65_HS1-834228961_62-HQ-83894_Serial_220
Agency: FBI
Page 2
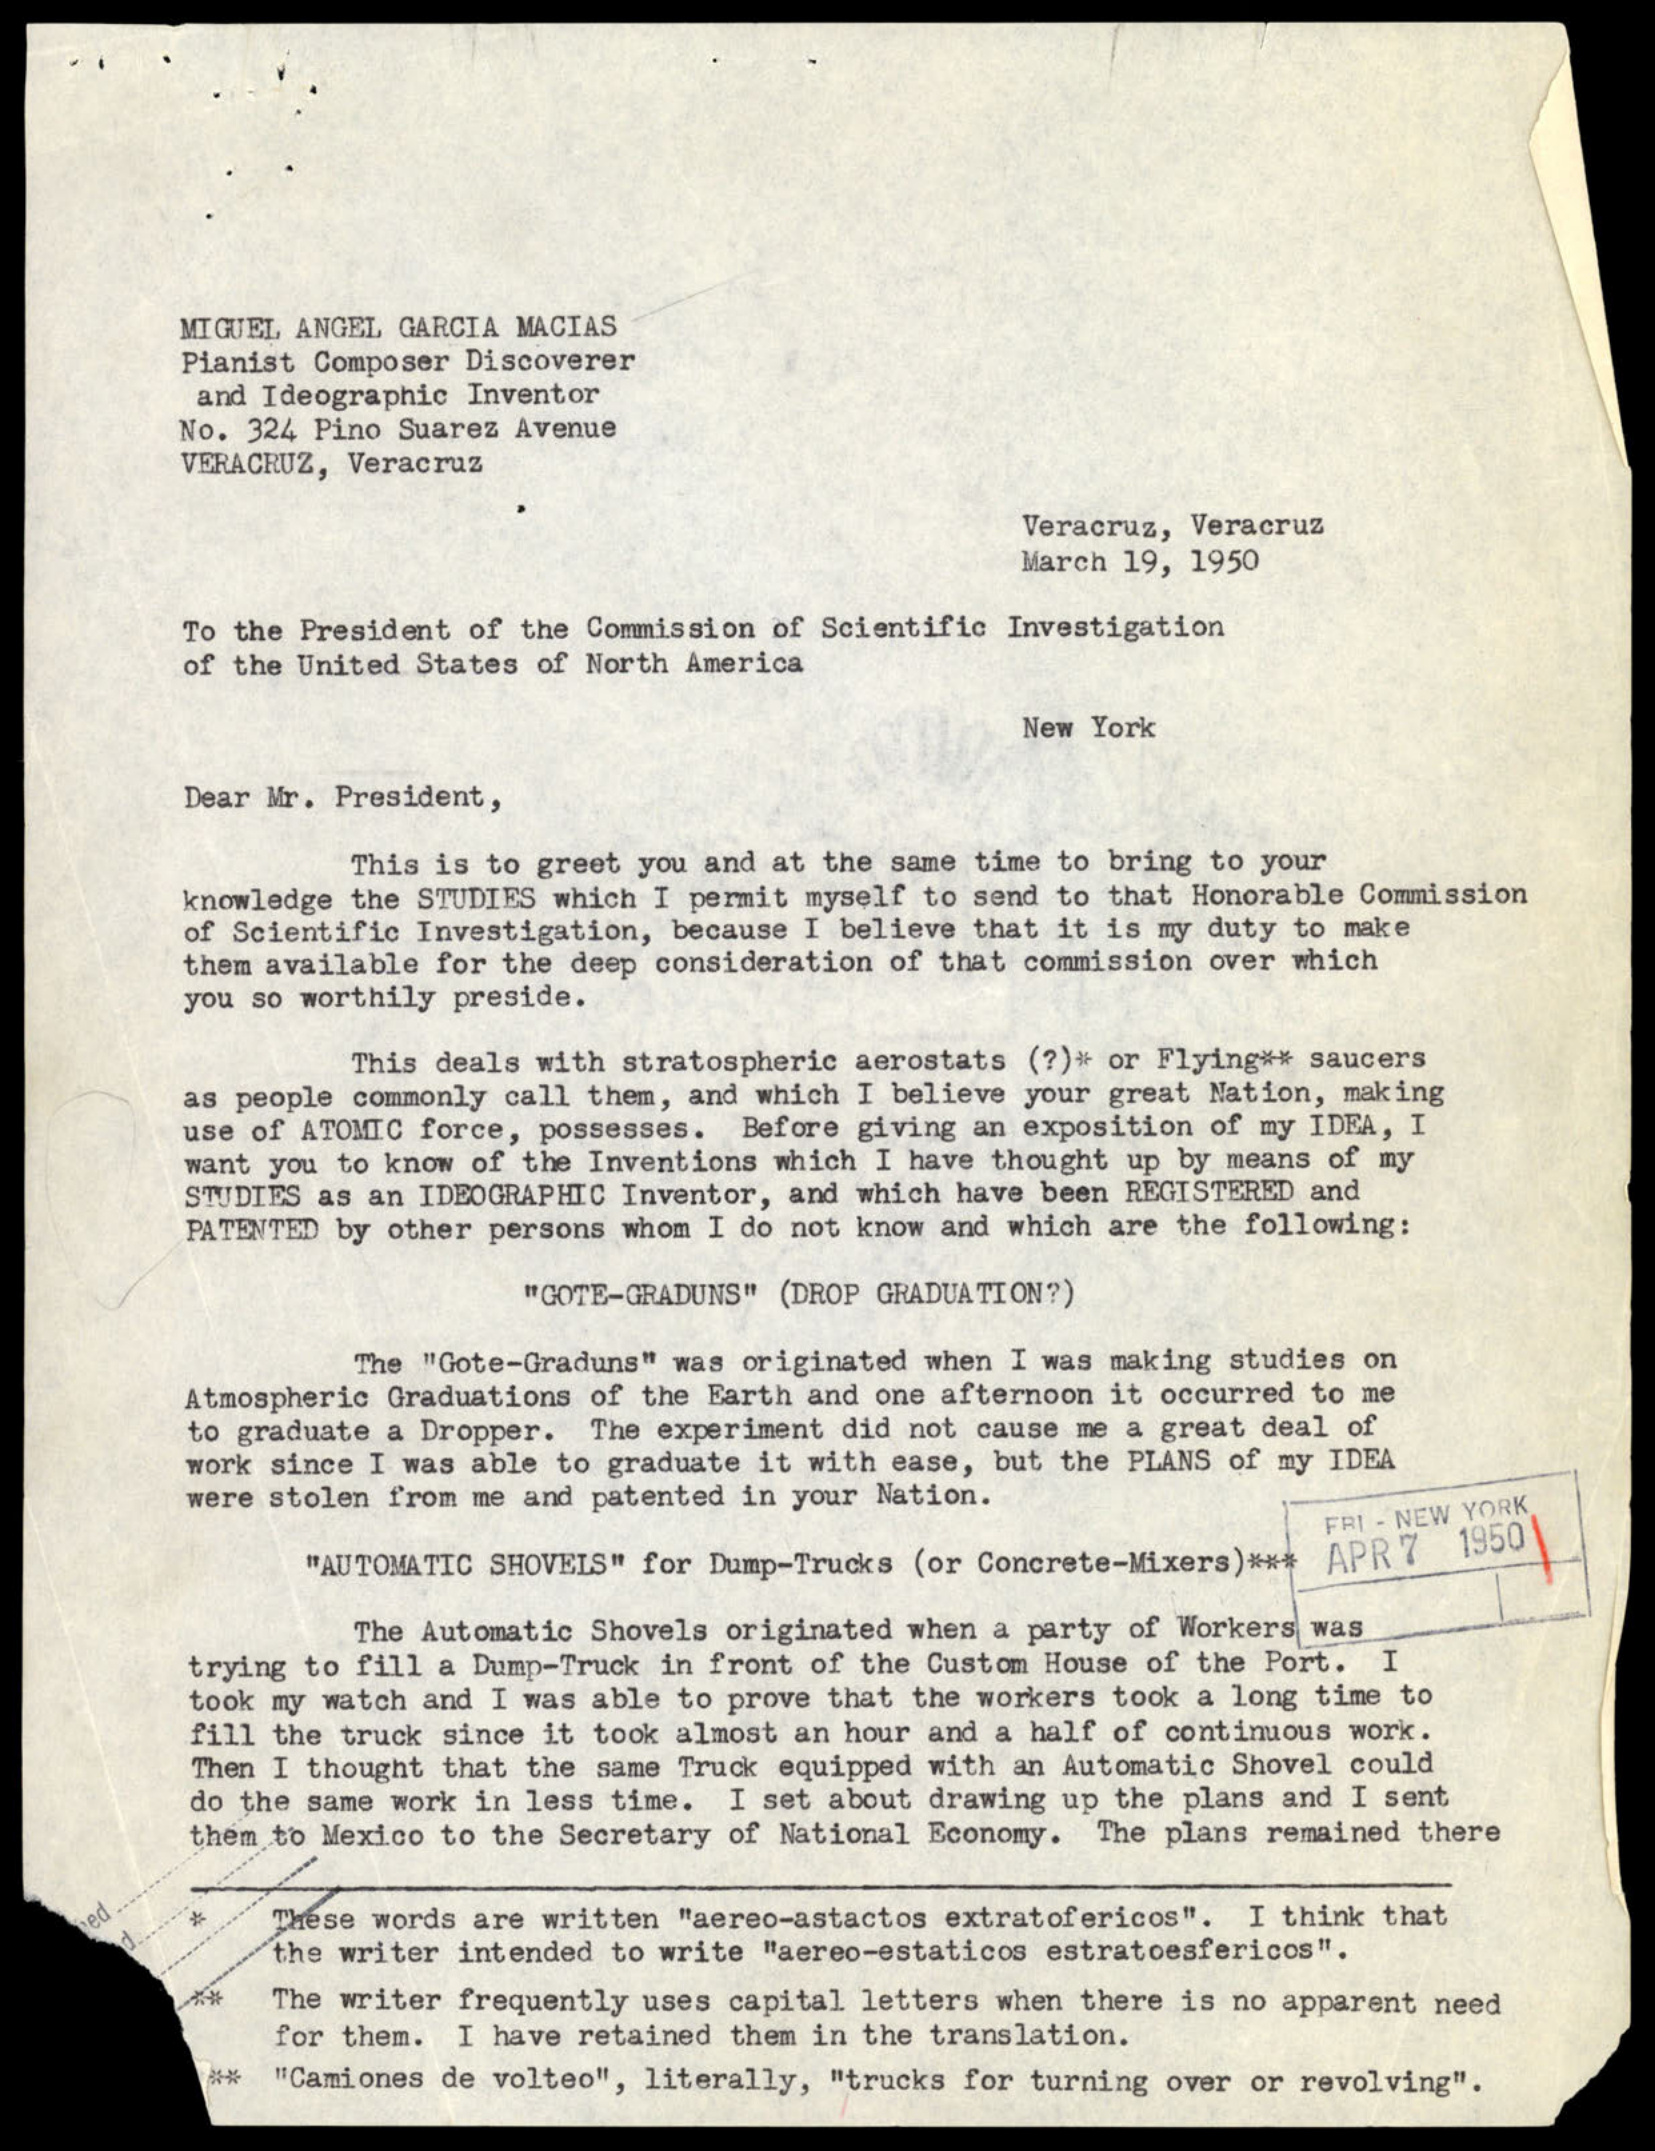